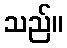
သည်။